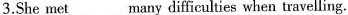
3.She met___many difficulties when travelling.